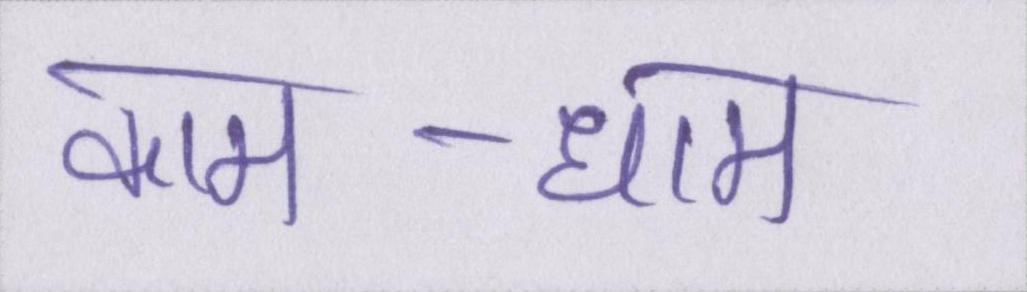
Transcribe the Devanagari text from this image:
काम-धाम